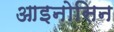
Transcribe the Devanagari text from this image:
आइनोसिन